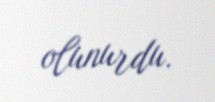
olunurdu.